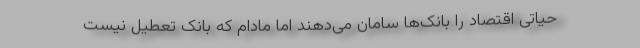
حیاتی اقتصاد را بانک‌ها سامان می‌دهند اما مادام که بانک تعطیل نیست